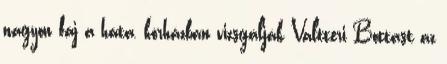
nagyon fáj a háta, kórházban vizsgálják Valtteri Bottast az